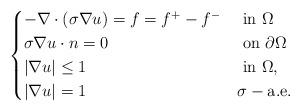
LaTeX: \begin{align*}\begin{cases}-\nabla\cdot (\sigma\nabla u)=f=f^+-f^-&\mbox{ in }\Omega\\\sigma\nabla u\cdot n=0 &\mbox{ on }\partial\Omega\\|\nabla u|\leq 1&\mbox{ in }\Omega,\\|\nabla u|= 1&\sigma-\mbox{a.e. }\end{cases}\end{align*}